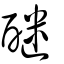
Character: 醚